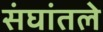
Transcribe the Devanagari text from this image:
संघांतले